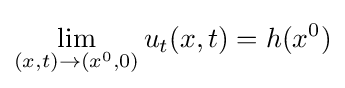
\lim _{(x,t)\to (x^{0},0)}u_{t}(x,t)=h(x^{0})